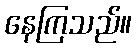
နေကြသည်။